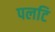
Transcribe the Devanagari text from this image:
पलटि